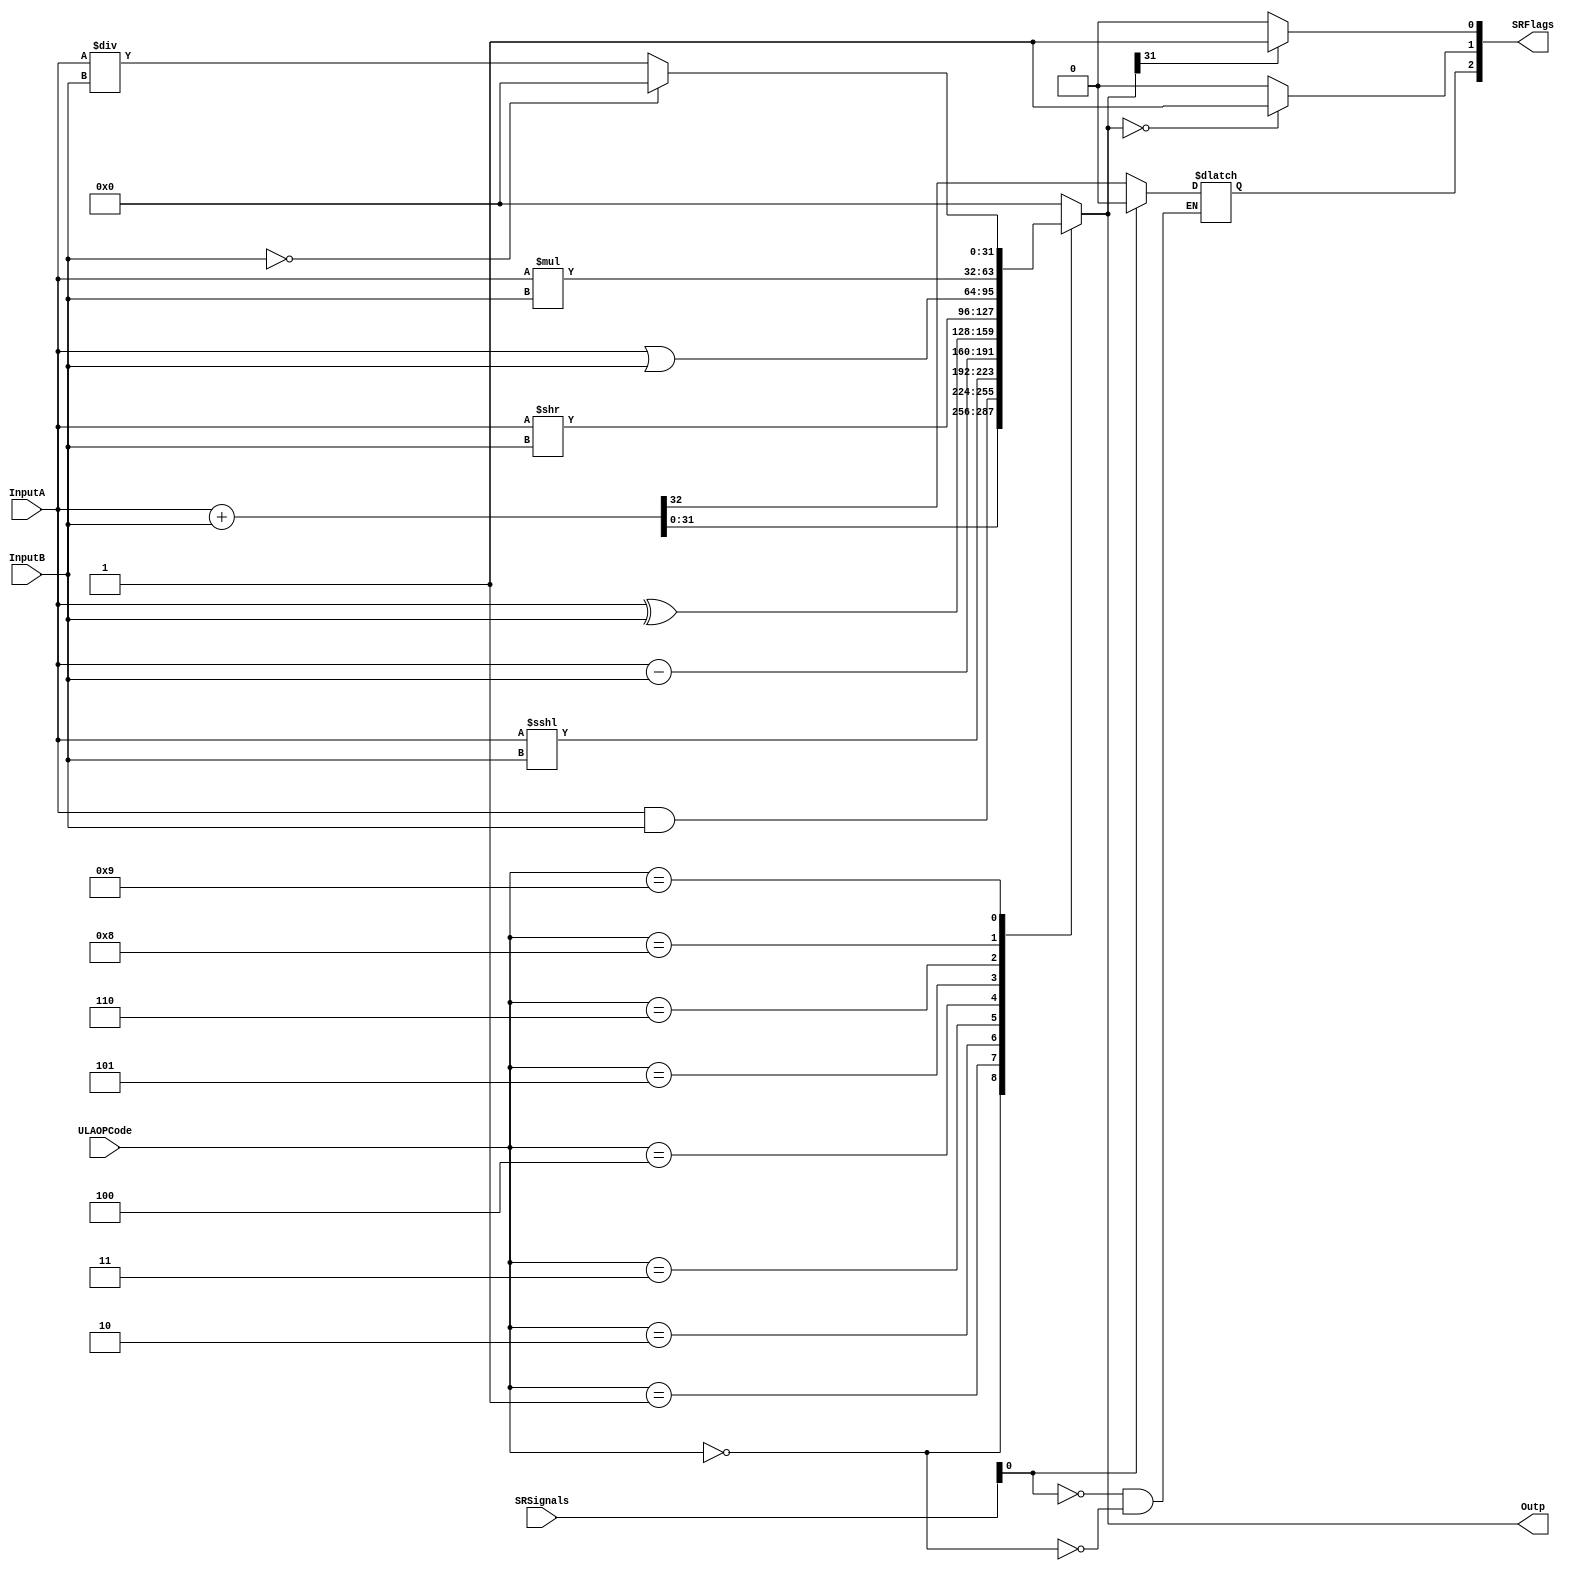

module ULA(
	input [31:0] InputA, 
	input [31:0] InputB, 
	input [3:0] ULAOPCode, 
	output reg [31:0] Outp, 
	output wire [2:0] SRFlags, 
	input [3:0] SRSignals);
	
	reg ZeroSignal, NegSignal, OVFlowSignal;
	
	always@(*) 
	begin
	
		//ALU Operations block
		case(ULAOPCode)
			4'b0000: {OVFlowSignal, Outp} = {1'b0, $signed(InputA)} + {1'b0, $signed(InputB)}; //SUM
			4'b0001: Outp = InputA & InputB; //AND
			4'b0010: Outp = InputA <<< InputB; //ASL
			4'b0011: Outp = $signed(InputA) - $signed(InputB); //SUB
			4'b0100: Outp = InputA ^ InputB; //XOR
			4'b0101: Outp = InputA >> InputB; //LSR
			4'b0110: Outp = InputA | InputB; //OR
			4'b0111: Outp = 0; //?
			4'b1000: Outp = $signed(InputA) * $signed(InputB); //MUL
			4'b1001: //DIV
			if(InputB == 0)
			begin	
				Outp = 0;
			end
			else
			begin
				Outp = $signed(InputA) / $signed(InputB);
			end
			default: Outp = 0;
		endcase
		
		//SR flags clear or set block
		if(SRSignals[0] == 1)
			OVFlowSignal = 0;
		if(SRSignals[1] == 1)
			NegSignal = 0;
		if(SRSignals[2] == 1)
			ZeroSignal = 0;
		
		if($signed(Outp) == 32'd0)
			ZeroSignal = 1;
		else
			ZeroSignal = 0;
		
		if(Outp[31] == 1)
			NegSignal = 1;
		else
			NegSignal = 0;
	
	end
	
	assign SRFlags = {OVFlowSignal, ZeroSignal, NegSignal};
	
endmodule